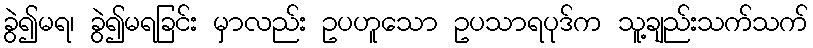
ခွဲ၍မရ၊ ခွဲ၍မရခြင်း မှာလည်း ဥပဟူသော ဥပသာရပုဒ်က သူ့ချည်းသက်သက်